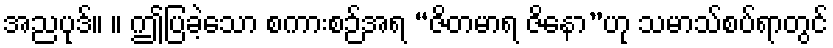
အညပုဒ်။ ။ ဤပြခဲ့သော စကားစဉ်အရ “ဇိတမာရ ဇိနော”ဟု သမာသ်စပ်ရာတွင်